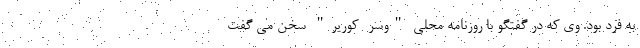
به فرد بود. وی که در گفتگو با روزنامه محلی "وسر- کوریر" سخن می گفت